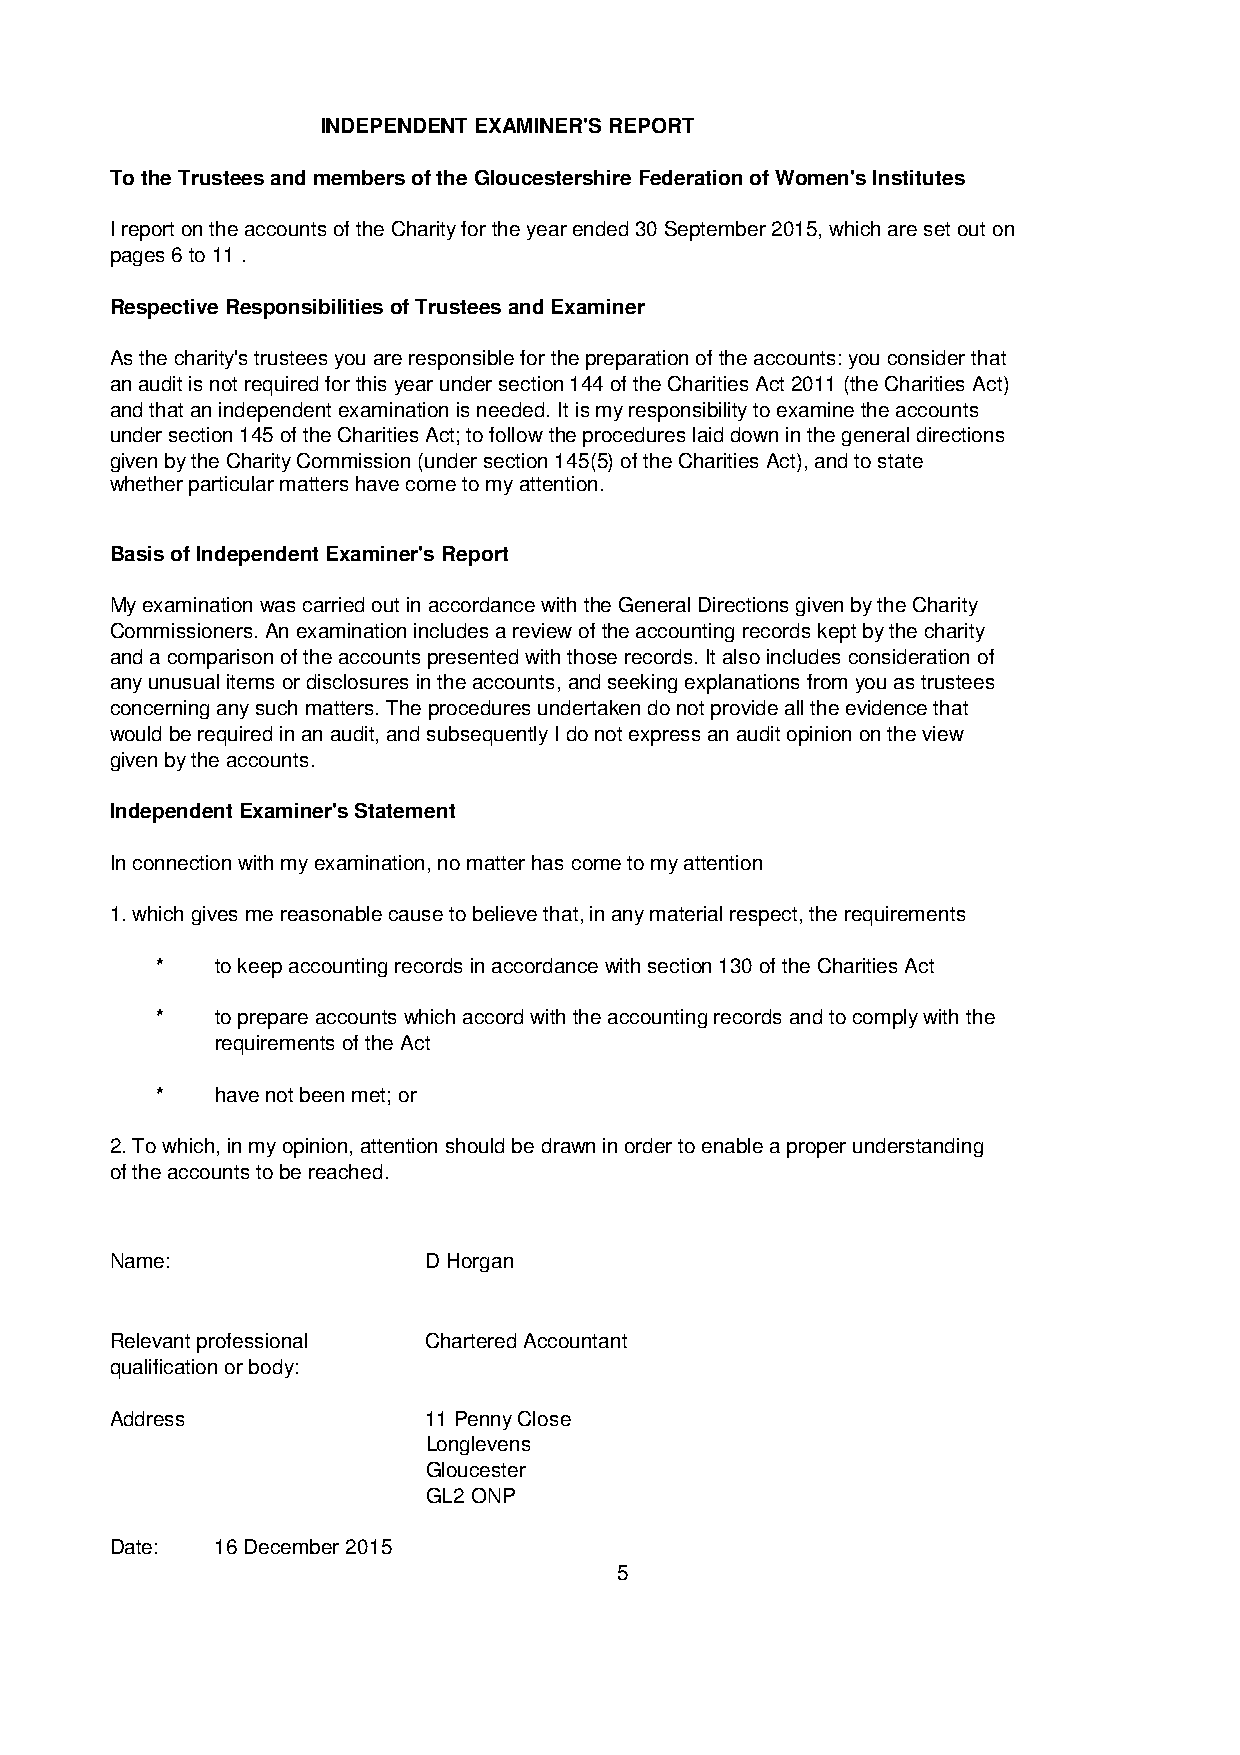
INDEPENDENT EXAMINER'S REPORT
 To the Trustees and members of the Gloucestershire Federation of Women's Institutes
 I report on the accounts of the Charity for the year ended 30 September 2015, which are set out on
 pages 6 to 11 .
 Respective Responsibilities of Trustees and Examiner
 As the charity's trustees you are responsible for the preparation of the accounts: you consider that
 an audit is not required for this year under section 144 of the Charities Act 2011 (the Charities Act)
 and that an independent examination is needed. It is my responsibility to examine the accounts
 under section 145 of the Charities Act; to follow the procedures laid down in the general directions
 given by the Charity Commission (under section 145(5) of the Charities Act), and to state
 whether particular matters have come to my attention.
 Basis of Independent Examiner's Report
 My examination was carried out in accordance with the General Directions given by the Charity
 Commissioners. An examination includes a review of the accounting records kept by the charity
 and a comparison of the accounts presented with those records. It also includes consideration of
 any unusual items or disclosures in the accounts, and seeking explanations from you as trustees
 concerning any such matters. The procedures undertaken do not provide all the evidence that
 would be required in an audit, and subsequently I do not express an audit opinion on the view
 given by the accounts.
 Independent Examiner's Statement
 In connection with my examination, no matter has come to my attention
 1. which gives me reasonable cause to believe that, in any material respect, the requirements
 *   to keep accounting records in accordance with section 130 of the Charities Act
 *   to prepare accounts which accord with the accounting records and to comply with the
 requirements of the Act
 *   have not been met; or
 2. To which, in my opinion, attention should be drawn in order to enable a proper understanding
 of the accounts to be reached.
 Name:                D Horgan
 Relevant professional Chartered Accountant
 qualification or body:
 Address              11 Penny Close
 Longlevens
 Gloucester
 GL2 ONP
 Date:  16 December 2015
 5